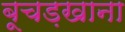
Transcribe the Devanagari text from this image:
बूचड़खाना